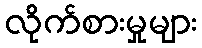
လိုက်စားမှုများ